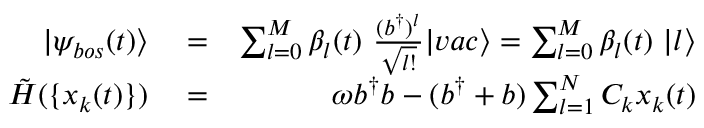
\begin{array} { r l r } { | \psi _ { b o s } ( t ) \rangle } & { { } = } & { \sum _ { l = 0 } ^ { M } \beta _ { l } ( t ) ~ \frac { ( b ^ { \dagger } ) ^ { l } } { \sqrt { l ! } } | v a c \rangle = \sum _ { l = 0 } ^ { M } \beta _ { l } ( t ) ~ | l \rangle } \\ { \tilde { H } ( \{ x _ { k } ( t ) \} ) } & { { } = } & { \omega b ^ { \dagger } b - ( b ^ { \dagger } + b ) \sum _ { l = 1 } ^ { N } C _ { k } x _ { k } ( t ) } \end{array}